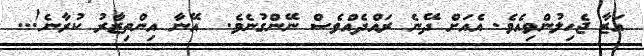
އަޒާ ޖެހިލުންވިއެވެ. އެއަށް ދޭނެ ރައްދެއްވެސް ނޭންގުނެވެ.  އޭނާ އިންތިޒާރު ކުރާނެ!..